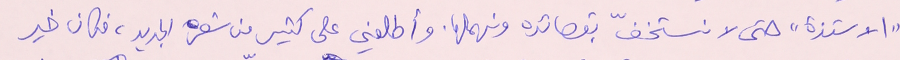
"الاستذة" حتى لا نستخفّ بقصائده ونهملها. وأطلعني على كثير من شعره الجديد، فكان خير